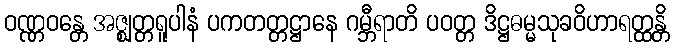
ဝဏ္ဏဝန္တေ အဇ္ဈတ္တရူပါနံ ပကတတ္တဋ္ဌာနေ ဂမ္ဘီရာတိ ပဝတ္တ ဒိဋ္ဌဓမ္မသုခဝိဟာရတ္ထန္တိ